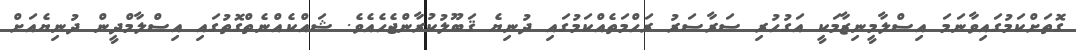
ގޮތަށްކަމުގައިވާނަމަ އިސްލާމީނިޒާމަކީ އަގުހުރި ސަރާސަރު ރަހްމަތެއްކަމުގައި ދުނިޔެ ޤަބޫލުކުރާންޖެހެއެވެ. ޝައްކެއްނެތްގޮތުގައި އިސްލާމްދީން ދުނިޔެއަށް